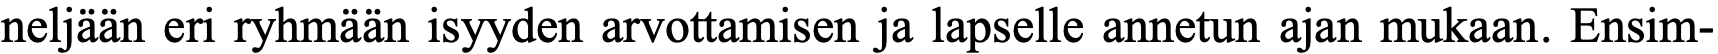
neljään eri ryhmään isyyden arvottamisen ja lapselle annetun ajan mukaan. Ensim-